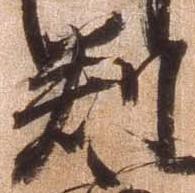
判